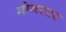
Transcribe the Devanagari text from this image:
मोनस्टर